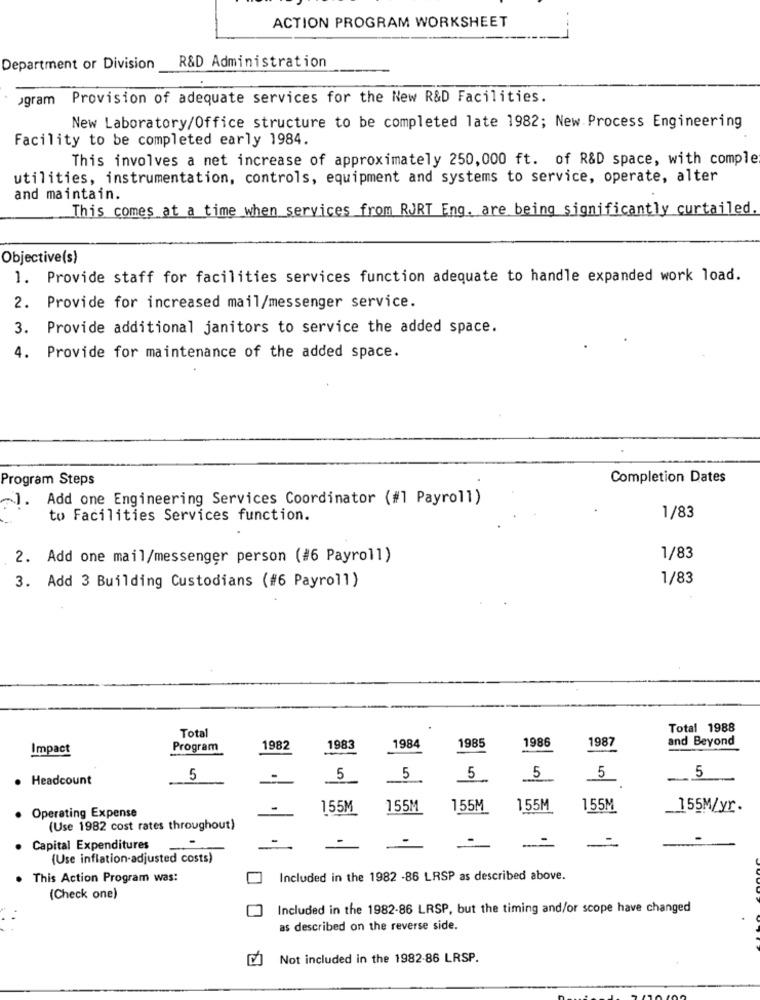
ACTION PROGRAM WORKSHEET
Department or Division
R&D Administration
ogram Provision of adequate services for the New R&D Facilities.
New Laboratory/Office structure to be completed late 1982; New Process Engineering
Facility to be completed early 1984.
This involves a net increase of approximately 250,000 ft. of R&D space, with comple
utilities, instrumentation, controls, equipment and systems to service, operate, alter
and maintain.
This comes at a time when services from RJRT Eng. are being significantly curtailed
Objective(s)
1. Provide staff for facilities services function adequate to handle expanded work load.
2. Provide for increased mail/messenger service.
3. Provide additional janitors to service the added space.
4. Provide for maintenance of the added space.
Program Steps
Completion Dates
7. Add one Engineering Services Coordinator (#1 Payroll)
to Facilities Services function.
1/83
2. Add one mail/messenger person (#6 Payroll)
1/83
1/83
3. Add 3 Building Custodians (#6 Payroll)
Total
Total 1988
1985
1986
1987
and Beyond
Impact
Program
1982
1983
1984
. Headcount
5
5
5
5
5
5
5
155M
155M
155M
155M
155M
_155M/yr.
Operating Expense
(Use 1982 cost rates throughout)
· Capital Expenditures
-
(Use inflation-adjusted costs)
This Action Program was:
Included in the 1982 -86 LRSP as described above.
(Check one)
Included in the 1982-86 LRSP, but the timing and/or scope have changed
as described on the reverse side.
Not included in the 1982-86 LRSP.